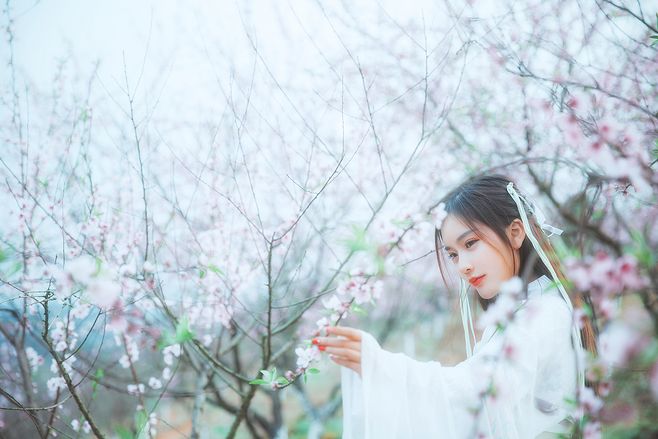
暖雨晴风初破冻，柳眼梅腮，已觉春心动。